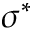
\sigma ^ { * }